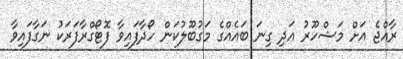
ރާއްޖެ އަށް މަޝްހޫރު އަދި ގިނަ ބައެއްގެ މަގުބޫލުކަން ހޯދާފައިވާ ފޮޓޯގްރާފަރަކު ނަގާފައިވާ